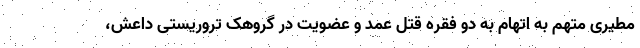
مطیری متهم به اتهام به دو فقره قتل عمد و عضویت در گروهک تروریستی داعش،